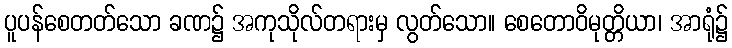
ပူပန်စေတတ်သော ခဏ၌ အကုသိုလ်တရားမှ လွတ်သော။ စေတောဝိမုတ္တိယာ၊ အာရုံ၌